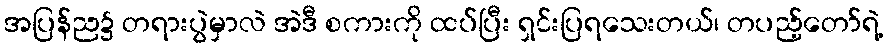
အပြန်ည၌ တရားပွဲမှာလဲ အဲဒီ စကားကို ထပ်ပြီး ရှင်းပြရသေးတယ်၊ တပည့်တော်ရဲ့